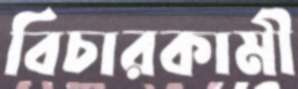
বিচারকামী